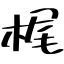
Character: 梶